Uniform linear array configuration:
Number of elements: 4
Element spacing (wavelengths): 0.25
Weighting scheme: hamming
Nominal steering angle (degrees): -45
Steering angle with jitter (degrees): -43.394
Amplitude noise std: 0.05
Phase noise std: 0.05

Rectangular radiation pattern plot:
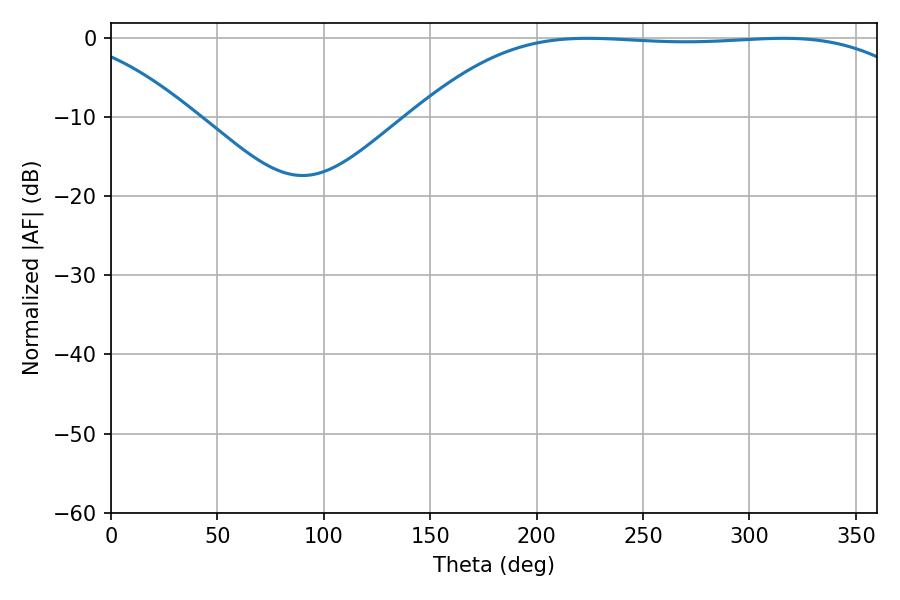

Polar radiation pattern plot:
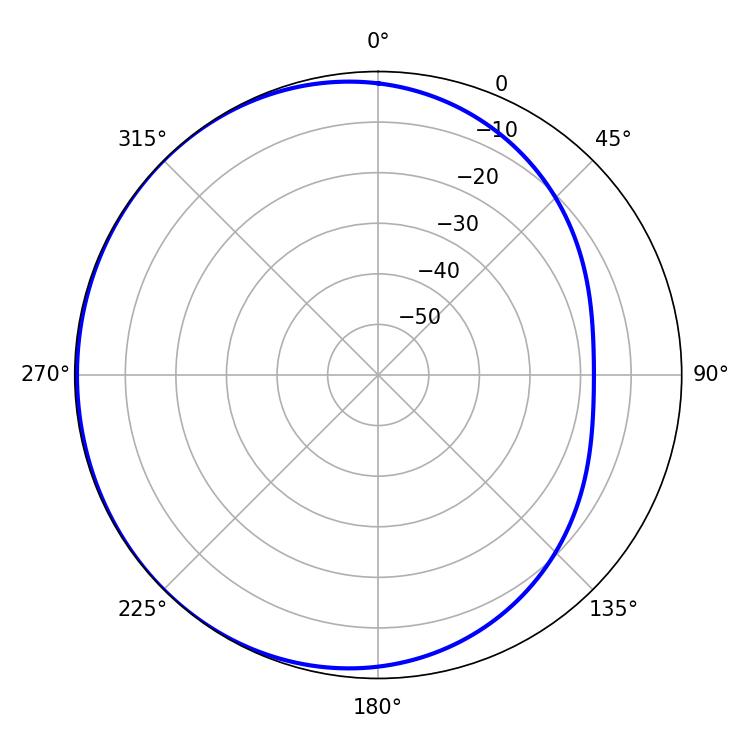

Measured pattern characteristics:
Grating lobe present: FALSE
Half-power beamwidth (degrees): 185.04
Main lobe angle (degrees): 223.92